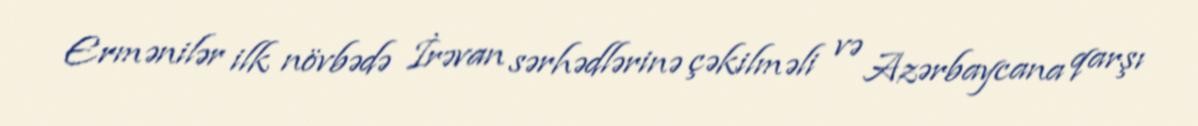
Ermənilər ilk növbədə İrəvan sərhədlərinə çəkilməli və Azərbaycana qarşı